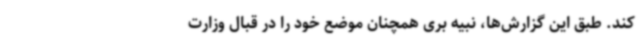
کند. طبق این گزارش‌ها، نبیه بری همچنان موضع خود را در قبال وزارت